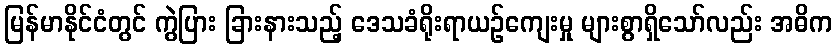
မြန်မာနိုင်ငံတွင် ကွဲပြား ခြားနားသည့် ဒေသခံရိုးရာယဉ်ကျေးမှု များစွာရှိသော်လည်း အဓိက